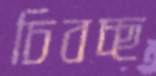
চিবচ্ছ